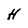
Character: H